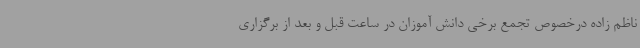
ناظم زاده درخصوص تجمع برخی دانش آموزان در ساعت قبل و بعد از برگزاری